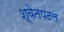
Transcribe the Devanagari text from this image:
श्‍वेतपटल